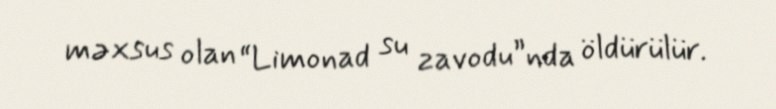
məxsus olan “Limonad su zavodu”nda öldürülür.